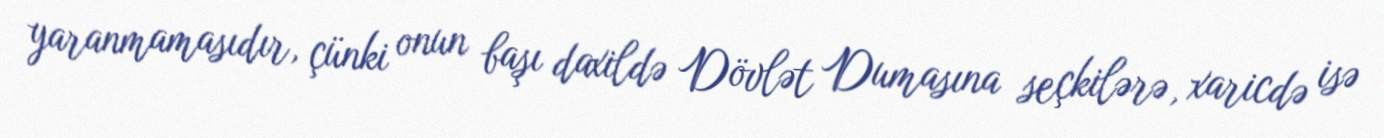
yaranmamasıdır, çünki onun başı daxildə Dövlət Dumasına seçkilərə, xaricdə isə